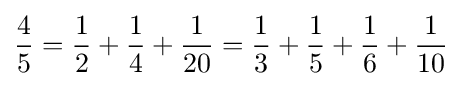
{\frac {4}{5}}={\frac {1}{2}}+{\frac {1}{4}}+{\frac {1}{20}}={\frac {1}{3}}+{\frac {1}{5}}+{\frac {1}{6}}+{\frac {1}{10}}